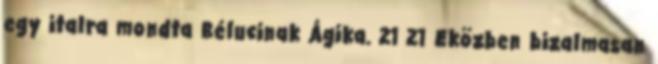
egy italra mondta Bélucinak Ágika. 21 21 Eközben bizalmasan